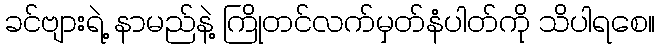
ခင်ဗျားရဲ့ နာမည်နဲ့ ကြိုတင်လက်မှတ်နံပါတ်ကို သိပါရစေ။